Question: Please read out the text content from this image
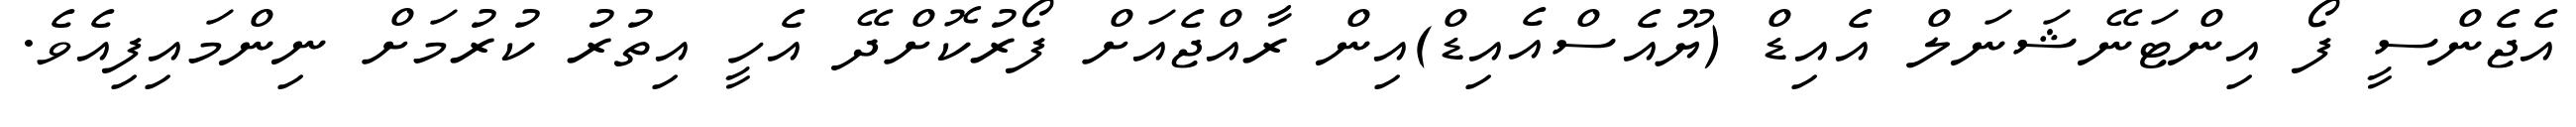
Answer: އެޖެންސީ ފޯ އިންޓަނޭޝަނަލް އެއިޑް (ޔޫއެސްއެއިޑް)އިން ރާއްޖެއަށް ފޯރުކޮށްދޭ އެހީ އިތުރު ކުރުމަށް ނިންމައިފިއެވެ.